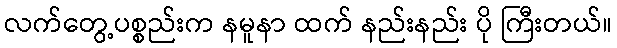
လက်တွေ့ပစ္စည်းက နမူနာ ထက် နည်းနည်း ပို ကြီးတယ်။